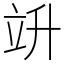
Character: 竔